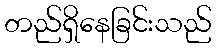
တည်ရှိနေခြင်းသည်